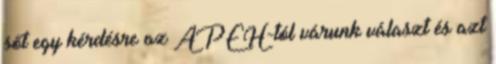
sőt egy kérdésre az APEH-tól várunk választ és azt